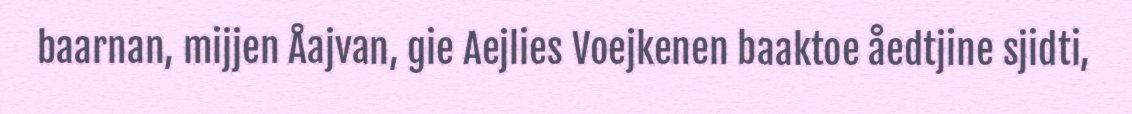
baarnan, mijjen Åajvan, gie Aejlies Voejkenen baaktoe åedtjine sjidti,